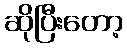
ဆိုပြီးတော့